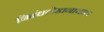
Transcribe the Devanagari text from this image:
निबंधलेखनाचाच